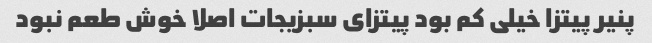
پنیر پیتزا خیلی کم بود پیتزای سبزیجات اصلا خوش طعم نبود